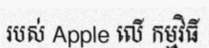
របស់ Apple លើ កម្មវិធី